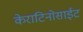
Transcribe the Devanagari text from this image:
केराटिनोसाईट